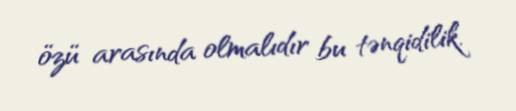
özü arasında olmalıdır bu tənqidilik.